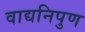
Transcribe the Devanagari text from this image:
वाद्यनिपुण